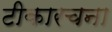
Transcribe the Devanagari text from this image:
टीकारचना